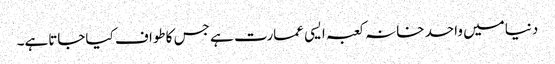
دنیامیں واحد خانہ کعبہ ایسی عمارت ہے جس کاطواف کیاجاتاہے۔